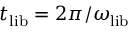
t _ { \mathrm { l i b } } = 2 \pi / \omega _ { \mathrm { l i b } }